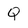
Character: Q